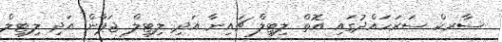
ސާރކް ސަރަހައްދުގައި އޮތް ލިޓިލް ޗައިނާ އަދި ލިޓިލް ޖަޕާން އަދި ލިޓިލް